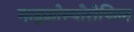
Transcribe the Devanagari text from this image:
माइक्रोस्पोरोफिल